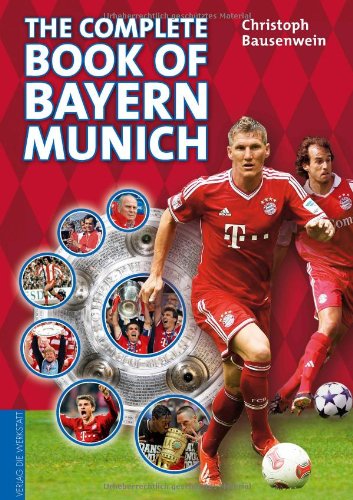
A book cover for The Complete Book of Bayern Munich; Christoph Bausenwein; Children's Books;